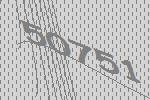
50751